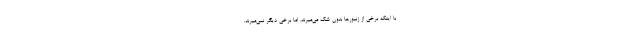
با اینکه برخی از زنبورها بدون شک می‌میرند، اما برخی دیگر نمی‌میرند.